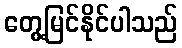
တွေ့မြင်နိုင်ပါသည်